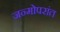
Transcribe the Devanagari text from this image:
जन्मोपरांत